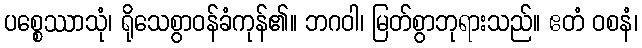
ပစ္စေဿာသုံ၊ ရိုသေစွာဝန်ခံကုန်၏။ ဘဂဝါ၊ မြတ်စွာဘုရားသည်။ ဧတံ ဝစနံ၊